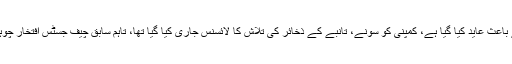
پاکستان پر ہرجانہ ریکوڈک کا معاہدہ منسوخ کرنے کے باعث عاید کیا گیا ہے، کمپنی کو سونے، تانبے کے ذخائر کی تلاش کا لائسنس جاری کیا گیا تھا، تاہم سابق چیف جسٹس افتخار چوہدری نے 2011 میں ریکوڈک معاہدہ منسوخ کر دیا تھا۔